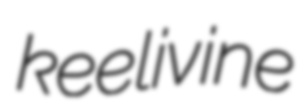
keelivine